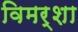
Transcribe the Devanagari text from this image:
विमर्शा